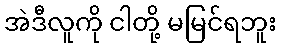
အဲဒီလူကို ငါတို့ မမြင်ရဘူး